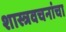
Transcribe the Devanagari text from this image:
शास्त्रवचनांचा